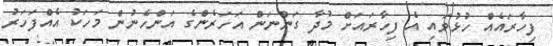
ފިހާރައެއް ހުޅުވައި އެ ފިހާރައަށް މުދާ ގަންނަން އަހަރެންގެ އަންހެނުން މަހަކު އެއްފަހަރު